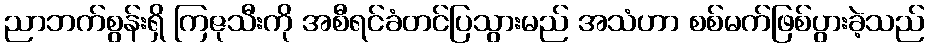
ညာဘက်စွန်းရှိ ကြဇုသီးကို အစီရင်ခံတင်ပြသွားမည် အသံဟာ စစ်မက်ဖြစ်ပွားခဲ့သည်